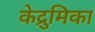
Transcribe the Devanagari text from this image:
केद्रुमिका